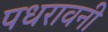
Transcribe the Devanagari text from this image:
पधरावनी